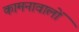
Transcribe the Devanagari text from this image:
कामनावालों